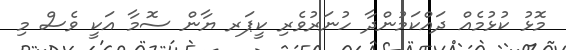
މޮޅު ކުޅުމެއް ދައްކަމުންދާ ހުނަރުވެރި ކީޕަރ ޔާން ސޮމާ އަކީ ވެސް މި